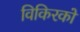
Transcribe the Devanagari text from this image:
विकिरकों